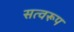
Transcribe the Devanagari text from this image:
सत्वरूप